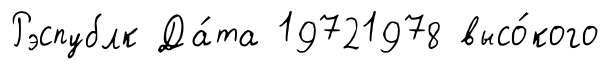
Рэспублк Да́та 19721978 высо́кого